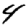
Digit: 4